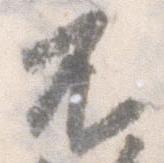
不